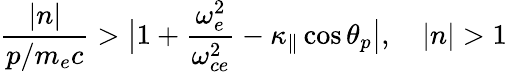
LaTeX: \frac{|n|}{p/m_{e}c}>\big|1+\frac{\omega_{e}^{2}}{\omega_{ce}^{2}}-\kappa_{\| }\cos\theta_{p}\big|,\quad|n|>1